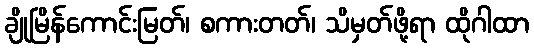
ချိုမြိန်ကောင်းမြတ်၊ စကားတတ်၊ သိမှတ်ဖို့ရာ ထိုဂါထာ